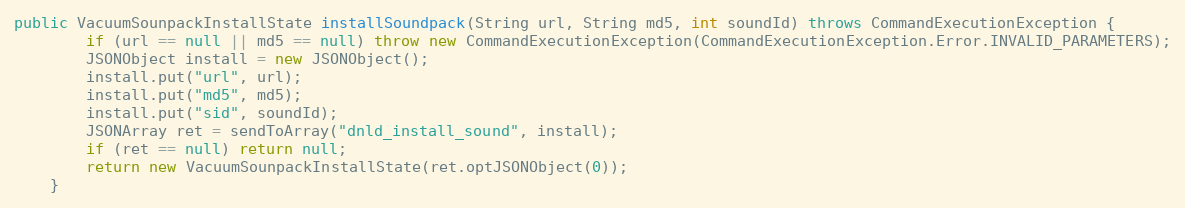
Language: Java
public VacuumSounpackInstallState installSoundpack(String url, String md5, int soundId) throws CommandExecutionException {
        if (url == null || md5 == null) throw new CommandExecutionException(CommandExecutionException.Error.INVALID_PARAMETERS);
        JSONObject install = new JSONObject();
        install.put("url", url);
        install.put("md5", md5);
        install.put("sid", soundId);
        JSONArray ret = sendToArray("dnld_install_sound", install);
        if (ret == null) return null;
        return new VacuumSounpackInstallState(ret.optJSONObject(0));
    }